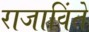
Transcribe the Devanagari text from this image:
राजाविंते